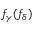
f _ { \gamma } ( f _ { \delta } )